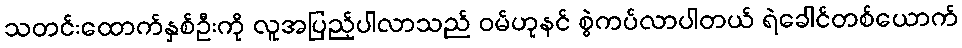
သတင်းထောက်နှစ်ဦးကို လူအပြည့်ပါလာသည် ဝမ်ဟုနင် စွဲကပ်လာပါတယ် ရဲခေါင်တစ်ယောက်